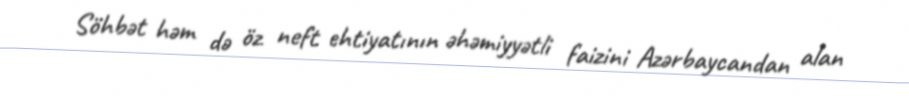
Söhbət həm də öz neft ehtiyatının əhəmiyyətli faizini Azərbaycandan alan